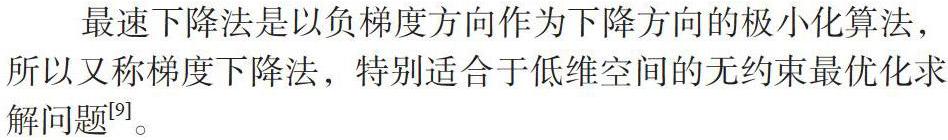
最速下降法是以负梯度方向作为下降方向的极小化算法，所以又称梯度下降法，特别适合于低维空间的无约束最优化求解问题$^{[9]}$。